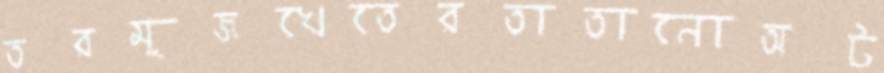
তরমুজখেতেরতাতানোঅট